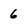
Character: 6